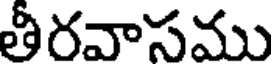
తీరవాసము